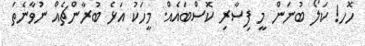
ހޮހ! ކަލޯ ބުނަން މީ ފިސާރި ކޮސްބައެއް. މީހަކު އަޅެ ބުރާންޗެއް ނުވާނެތަ